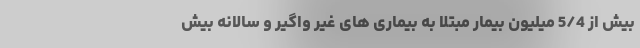
بیش از 5/4 میلیون بیمار مبتلا به بیماری های غیر واگیر و سالانه بیش